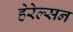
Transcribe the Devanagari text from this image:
हेरेल्सन